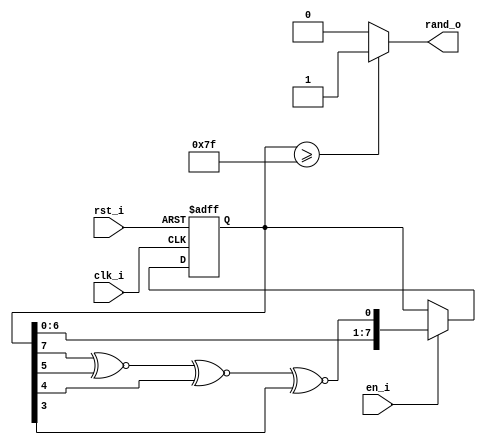
`timescale 1ns / 1ps
//////////////////////////////////////////////////////////////////////////////////
// Company: 
// Engineer: 
// 
// Design Name: 
// Module Name: lfsr
// Project Name: 
// Target Devices: 
// Tool Versions: 
// Description: 
// 
// Dependencies: 
// 
// Revision:
// Revision 0.01 - File Created
// Additional Comments:
// 
//////////////////////////////////////////////////////////////////////////////////

module lfsr 
    # (parameter Seed = 0, parameter prob = 127) (
    input clk_i,
    input rst_i,
    input en_i,
    output reg rand_o
    );
    
    reg next_bit;
    reg [7:0] next_lfsr;
    
    always @(posedge clk_i or negedge rst_i) begin
        if (rst_i == 1'b0) begin
            next_lfsr <= Seed;
        end else if (en_i == 1'b1) begin
            next_lfsr <= {next_lfsr[6:0], next_bit};
        end
    end
    
    always@(*) begin
        next_bit = next_lfsr[7] ^~ next_lfsr[5] ^~ next_lfsr[4] ^~ next_lfsr[3];
        if (next_lfsr >= prob) begin
            rand_o = 1;
        end else begin
            rand_o = 0;
        end
    end
endmodule